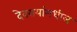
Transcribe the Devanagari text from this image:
देवरायांमधील